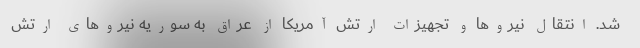
شد. انتقال نیروها و تجهیزات ارتش آمریکا از عراق به سوریه نیروهای ارتش